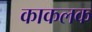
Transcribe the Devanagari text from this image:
काकलक